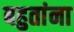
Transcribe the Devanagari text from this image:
बहुतांना